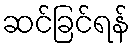
ဆင်ခြင်ရန်